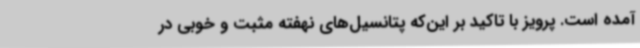
آمده است. پرویز با تاکید بر این‌که پتانسیل‌های نهفته مثبت و خوبی در